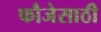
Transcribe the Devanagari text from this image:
फौजेसाठी